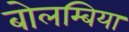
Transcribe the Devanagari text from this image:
बोलम्बिया